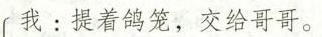
我:提着鸽笼，交给哥哥。